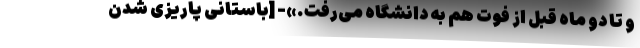
و تا دو ماه قبل از فوت هم به دانشگاه می‌رفت.»- [باستانی پاریزی شدن